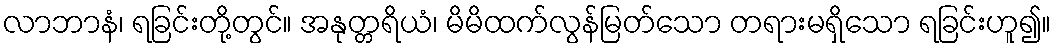
လာဘာနံ၊ ရခြင်းတို့တွင်။ အနုတ္တရိယံ၊ မိမိထက်လွန်မြတ်သော တရားမရှိသော ရခြင်းဟူ၍။